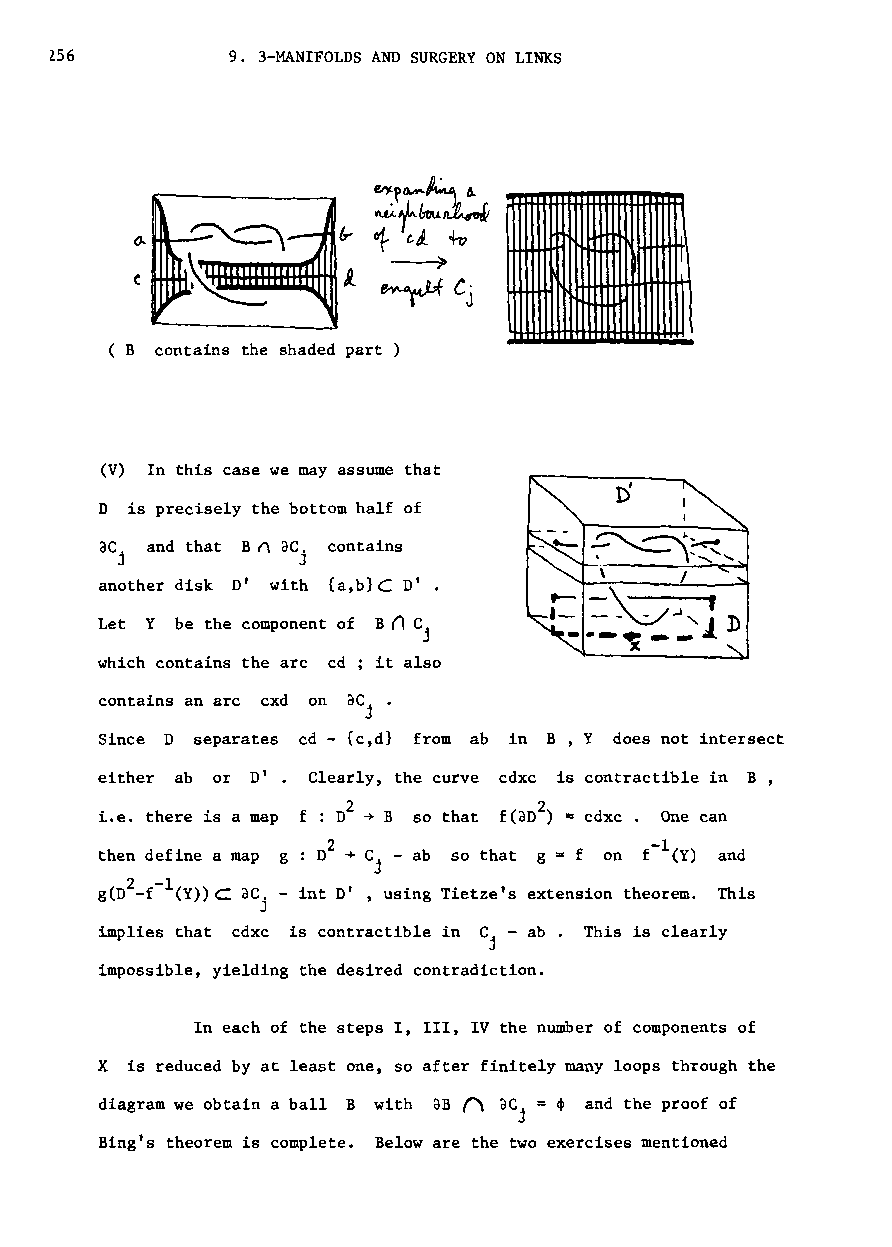
Z56         9. 3-MANIFOLDS AND SURGERY ON LINKS
 ~
 ,
 (B contains the shaded part )
 (V) In this case we may assume that
 D is precisely the bottom half of
 aCt and that B A ac. contains
 J           J
 another disk D' with {a,b}C D' •
 t- .-..\- .. I
 Let Y be the component of
 Bn
 C
 1-_- -"-.:/-"1 D
 j            ~~
 which contains the arc cd; it also
 contains an arc cxd on ae.•
 J
 Since D separates cd - {c,d} from ab in B, Y does not intersect
 either ab or D' . Clearly, the curve cdxc is contractible in B,
 2            2
 i.e. there is a map f: 0 -+ B so that f(aD ) = cdxc One can
 then define a map g 02 -+ C. - ab so that g = f on and
 J
 g(D2 _f-1(y»c: ae. - int D' , using Tietze's extension theorem. This
 J
 implies that cdxc is contractible in C - ab This is clearly
 j
 impossible, yielding the desired contradiction.
 In each of the steps I, III, IV the number of components of
 X is reduced by at least one, so after finitely many loops through the
 diagram we obtain a ball B with aB r'a de. = <p and the proof of
 J
 Bing's theorem is complete. Below are the two exercises mentioned